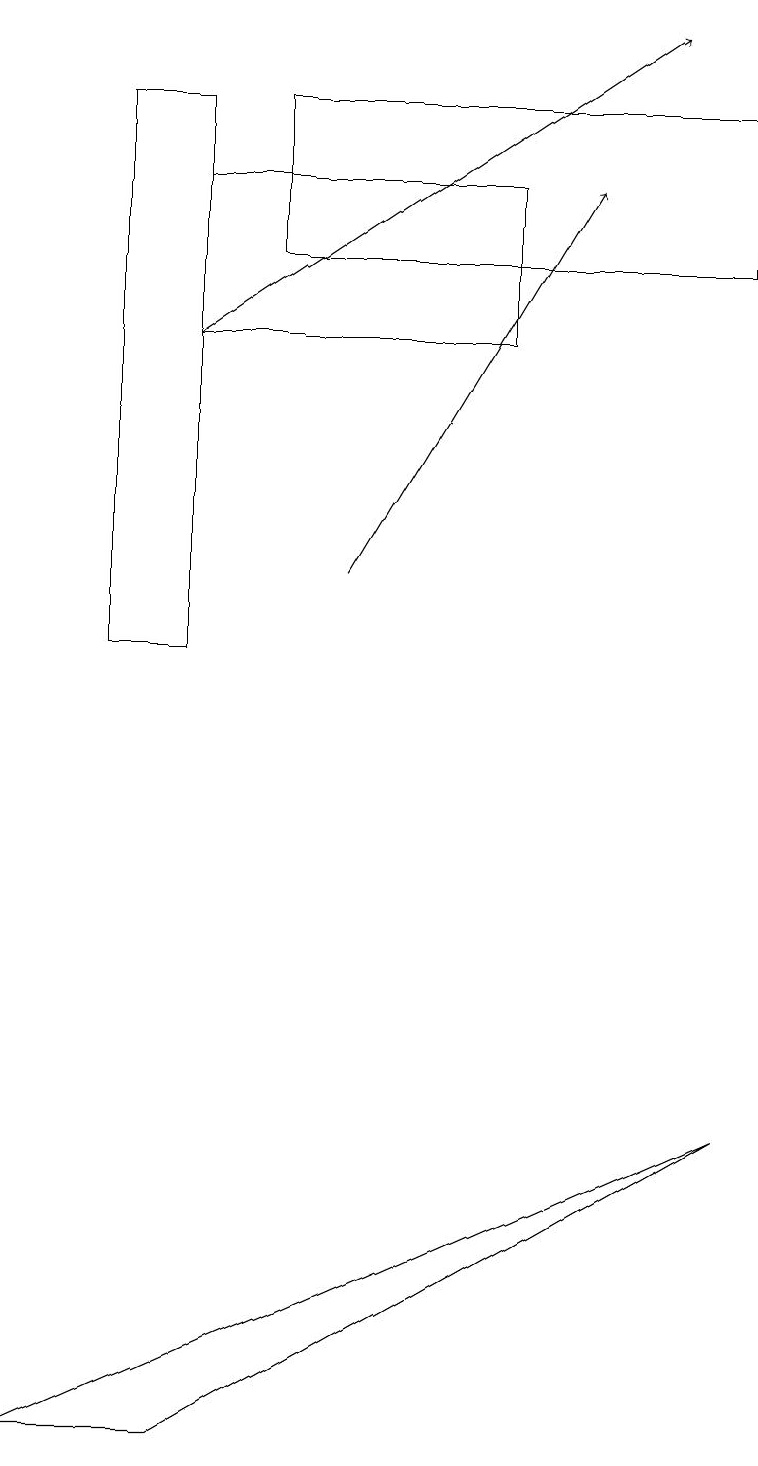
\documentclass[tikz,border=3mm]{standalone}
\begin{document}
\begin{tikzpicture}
\draw (2,18) rectangle (1,11);
\draw[->] (4,12) -- (7,17);
\draw (6,17) rectangle (2,15);
\draw[->] (2,15) -- (8,19);
\draw (9,18) rectangle (3,16);
\draw (2,1) -- (0,1) -- (9,5) -- cycle;
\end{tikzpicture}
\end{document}